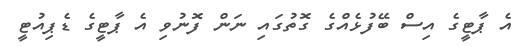
އެ ޕާޓީގެ އިސް ބޭފުޅެއްގެ ގޮތުގައި ނަން ފޮނުވި އެ ޕާޓީގެ ޑެޕިއުޓީ